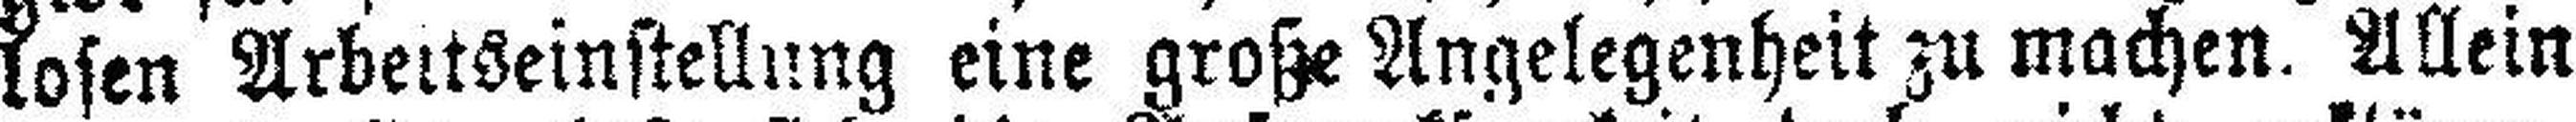
losen Arbeitseinstellung eine große Angelegenheit zu machen. Allein